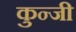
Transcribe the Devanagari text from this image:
कुन्जी